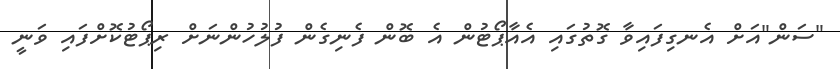
"ސަން"އަށް އެނގިފައިވާ ގޮތުގައި އެއާޕޯޓުން އެ ބޮން ފެނިގެން ފުލުހުންނަށް ރިޕޯޓުކޮށްފައި ވަނީ